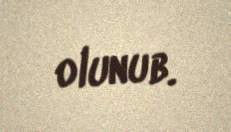
olunub.